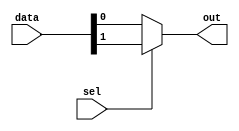
module rahul_mux(data, sel, out);

input [1:0] data;
input sel;
output out;

assign out = sel?data[1]:data[0];

endmodule